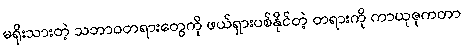
မရိုးသားတဲ့ သဘာဝတရားတွေကို ဖယ်ရှားပစ်နိုင်တဲ့ တရားကို ကာယုဇုကတာ